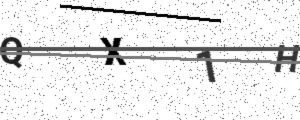
Text: QX1H